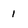
Character: 1